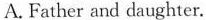
A.Father and daughter.